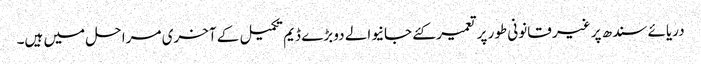
دریائے سندھ پر غیر قانونی طور پر تعمیر کئے جانیوالے دو بڑے ڈیم تکمیل کے آخری مرا حل میں ہیں۔